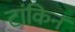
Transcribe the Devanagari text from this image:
टांकिन